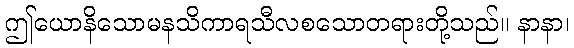
ဤယောနိသောမနသိကာရသီလစသောတရားတို့သည်။ နာနာ၊